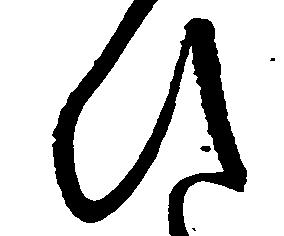
ひ